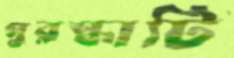
পুরস্কাটি